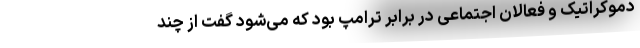
دموکراتیک و فعالان اجتماعی در برابر ترامپ بود که می‌شود گفت از چند